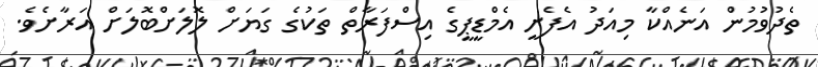
ތެދުވުމުން އަނެއްކާ މިއަދު އެފެށީ އެމްޑީޕީގެ އިސްފަރާތް ތަކުގެ ގަޔަށް ލޮލަށްބޮލަށް އަރާށެވެ.